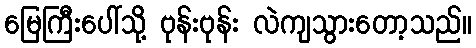
မြေကြီးပေါ်သို့ ဗုန်းဗုန်း လဲကျသွားတော့သည်။